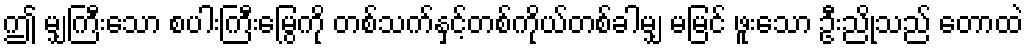
ဤ မျှကြီးသော စပါးကြီးမြွေကို တစ်သက်နှင့်တစ်ကိုယ်တစ်ခါမျှ မမြင် ဖူးသော ဦးညိုသည် တောထဲ